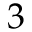
3